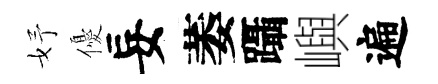
妤優妄萎躡嶼遍